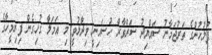
ފުލުހުންގެ ތަރުޖަމާނު ސައްޔިދު ސަރްވާރް ހުސައިނީ ވިދާޅުވީ މި އަމަލާ ގުޅިގެން ފިރިމީހާގެ